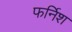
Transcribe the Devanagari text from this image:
फर्निश